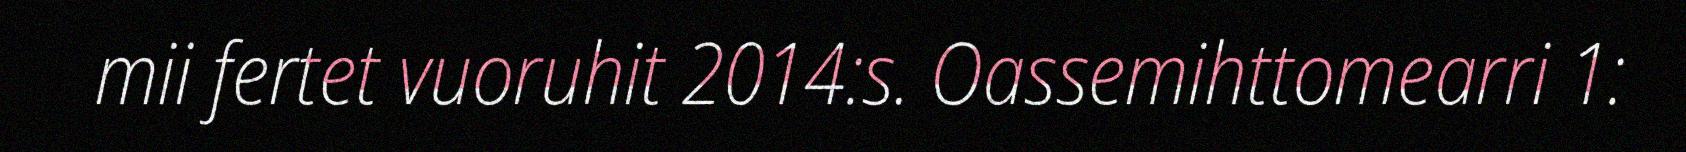
mii fertet vuoruhit 2014:s. Oassemihttomearri 1: